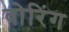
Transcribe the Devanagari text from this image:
वोरिंग